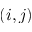
( i , j )